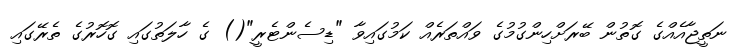
ނަތީޖާއެއްގެ ގޮތުން ބޭރަށްހިންގުމުގެ ވައްތަރެއް ކަމުގައިވާ "ޑިސެންޓެރީ"() ގެ ހާލަތުގައި ގޮހޮރުގެ ތެރޭގައި